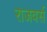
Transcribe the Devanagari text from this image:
राजवर्स